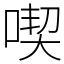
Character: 喫